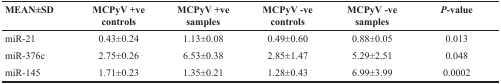
<table><thead><tr><td><b>MEAN±SD</b></td><td><b>MCPyV +ve controls</b></td><td><b>MCPyV +ve samples</b></td><td><b>MCPyV -ve controls</b></td><td><b>MCPyV -ve samples</b></td><td><b><i>P</i>-value</b></td></tr></thead><tbody><tr><td>miR-21</td><td>0.43±0.24</td><td>1.13±0.08</td><td>0.49±0.60</td><td>0.88±0.05</td><td>0.013</td></tr><tr><td>miR-376c</td><td>2.75±0.26</td><td>6.53±0.38</td><td>2.85±1.47</td><td>5.29±2.51</td><td>0.048</td></tr><tr><td>miR-145</td><td>1.71±0.23</td><td>1.35±0.21</td><td>1.28±0.43</td><td>6.99±3.99</td><td>0.0002</td></tr></tbody></table>